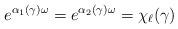
LaTeX: \begin{align*} e^{\alpha_1(\gamma)\omega}= e^{\alpha_2(\gamma)\omega}=\chi_\ell(\gamma)\end{align*}